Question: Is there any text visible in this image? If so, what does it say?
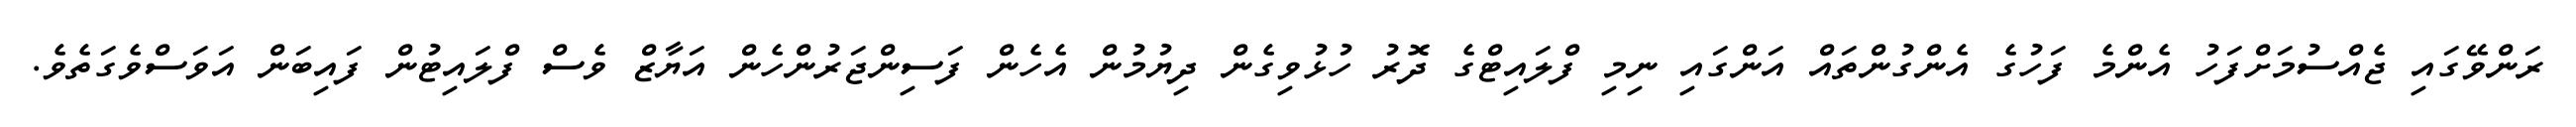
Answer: ރަންވޭގައި ޖެއްސުމަށްފަހު އެންމެ ފަހުގެ އެންގުންތައް އަންގައި ނިމި ފްލައިޓްގެ ދޮރު ހުޅުވިގެން ދިޔުމުން އެހެން ފަސިންޖަރުންހެން އަޔާޒް ވެސް ފްލައިޓުން ފައިބަން އަވަސްވެގަތެވެ.